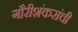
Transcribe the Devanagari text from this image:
गौरीशंकरांची